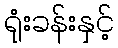
ရုံးခန်းနှင့်